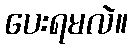
ပေးရမလဲ။